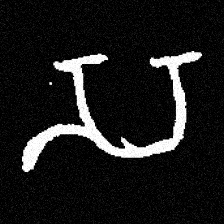
Pyu character \u2014 Myanmar letter: သ (romanized: sa)